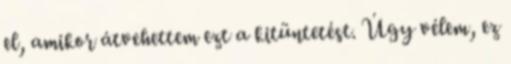
el, amikor átvehettem ezt a kitüntetést. Úgy vélem, ez